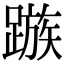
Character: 𨄕